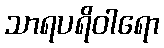
သာရပရိဝါရော